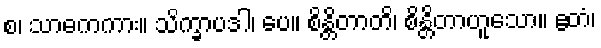
စ၊ သာဓကကား။ သိက္ခာပဒါ၊ ပေ။ စိန္တိတာတိ၊ စိန္တိတာဟူသော။ ဧတံ၊